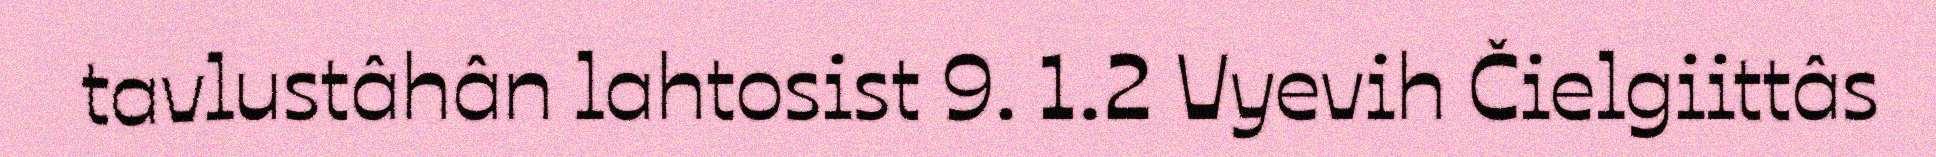
tavlustâhân lahtosist 9. 1.2 Vyevih Čielgiittâs